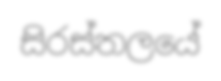
සිරස්තලයේ